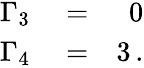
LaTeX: \begin{array}{rlr}{\Gamma_{3}}&{{}=}&{0}\\ {\Gamma_{4}}&{{}=}&{3\, .}\end{array}